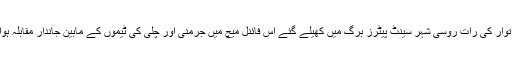
خبر رساں ادارے ڈی پی اے نے بتایا ہے کہ دو جون بروز اتوار کی رات روسی شہر سینٹ پیٹرز برگ میں کھیلے گئے اس فائنل میچ میں جرمنی اور چلی کی ٹیموں کے مابین جاندار مقابلہ ہوا اور دونوں ٹیموں نے ایک دوسرے پر تابڑ توڑ حملے کیے۔